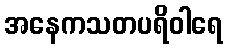
အနေကသတပရိဝါရေ